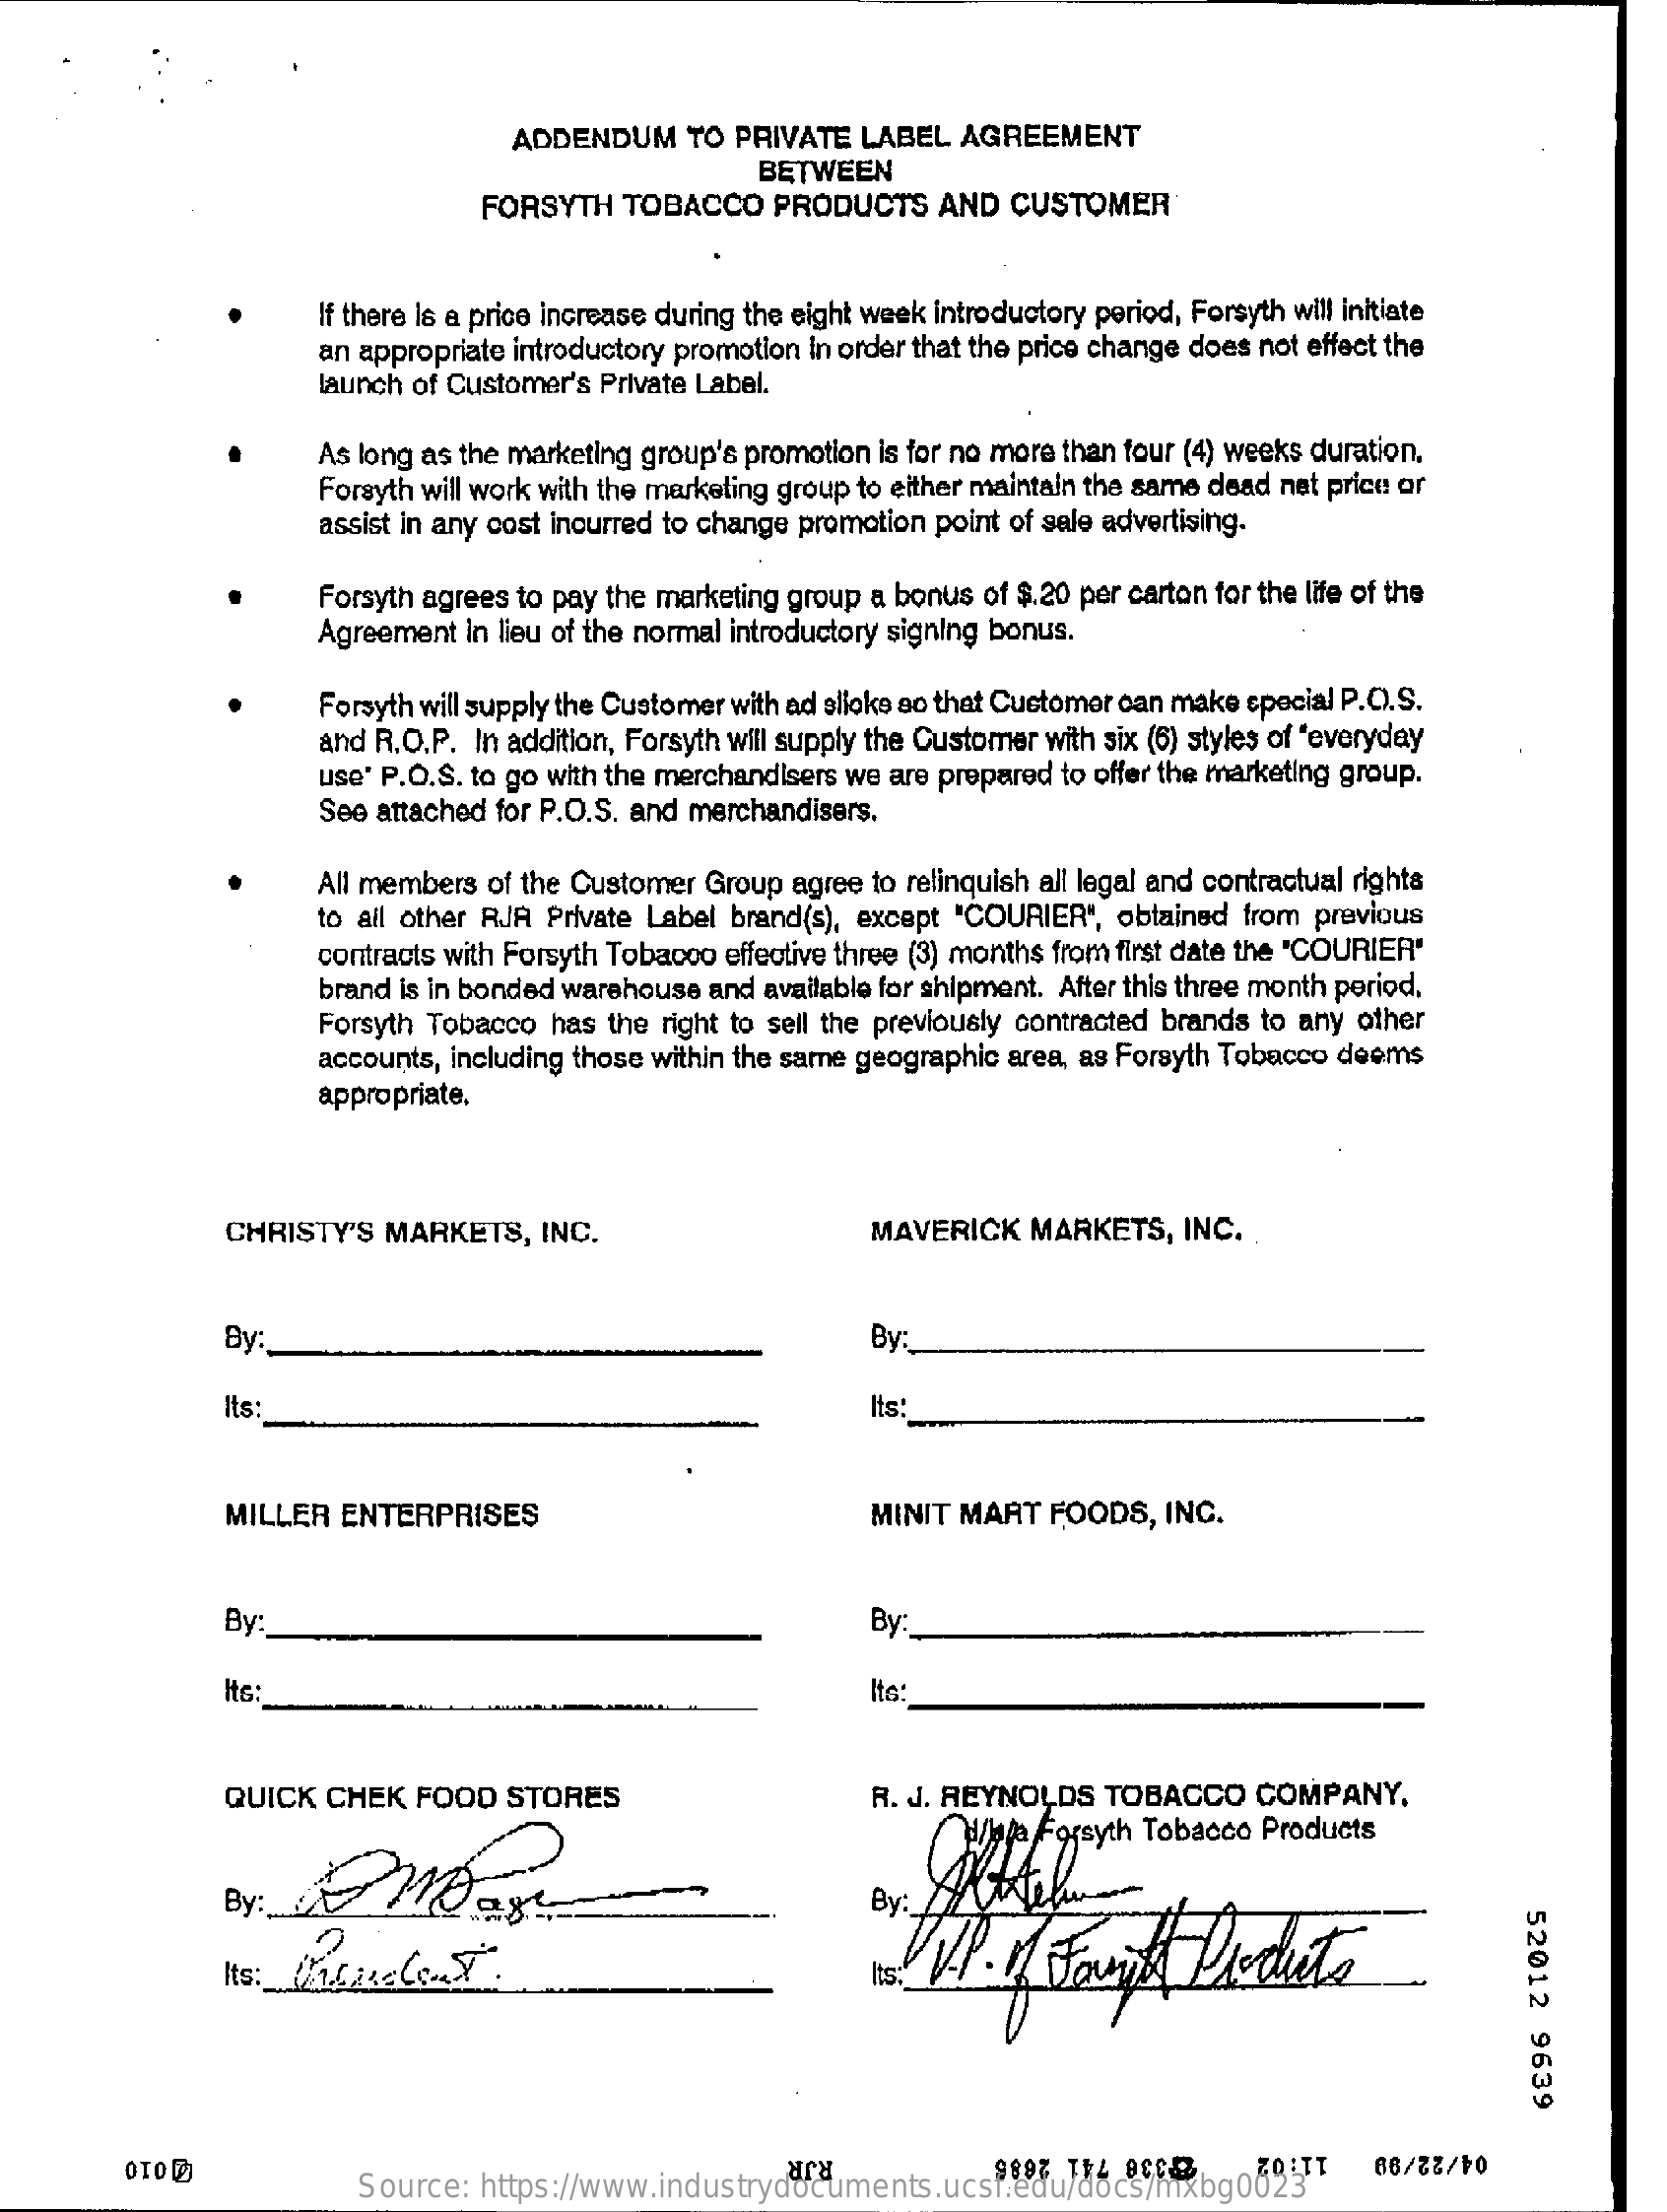
ADDENDUM    TO PRIVATE  LABEL  AGREEMENT
     BETWEEN
     FORSYTH   TOBACCO    PRODUCTS    AND  CUSTOMER
     If there Is a price increase during the eight week introductory period, Forsyth will initiate
     an appropriate introductory promotion in order that the price change does not effect the
     launch of Customer's Private Label.
     As long as the marketing group's promotion is for no more than four (4) weeks duration.
     Forsyth will work with the marketing group to either maintain the same dead net price or
     assist in any cost incurred to change promotion point of sale advertising.
     Forsyth agrees to pay the marketing group a bonus of $.20 per carton for the life of the
     Agreement In lieu of the normal introductory signing bonus.
     Forsyth will supply the Customer with ad slioke so that Customer can make special P.O.S.
     and R.O.P. In addition, Forsyth will supply the Customer with six (6) styles of 'everyday
     use' P.O.S. to go with the merchandisers we are prepared to offer the marketing group.
     See attached for P.O.S. and merchandisers.
     All members of the Customer Group agree to relinquish all legal and contractual rights
     to all other RJA Private Label brand(s), except "COURIER", obtained from previous
     contracts with Forsyth Tobacco effective three (3) months from first date the "COURIER"
     brand is in bonded warehouse and available for shipment. After this three month period.
     Forsyth Tobacco has the right to sell the previously contracted brands to any other
     accounts, including those within the same geographic area, as Forsyth Tobacco deems
     appropriate.
     CHRISTY'S  MARKETS,   INC.    MAVERICK   MARKETS,   INC.
     By:
     Its:    Its
     MILLER  ENTERPRISES    MINIT MART  FOODS,   INC.
     By:    By:
     Its:    Its:
     QUICK  CHEK  FOOD   STORES    R. J. REYNOLDS   TOBACCO   COMPANY.
     By:
     WhteForsyth  Tobacco Products
     By:   Attele
     52012
     9639
     Its :_ Micaela .. Y .    Its:
     Source:  https://www.industrydocuments.ucsf.edu/docs/mxbg0023
     RJR    2338 741 2685 11:02 04/22/99